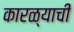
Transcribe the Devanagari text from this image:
कारळ्याची